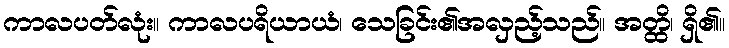
ကာလပတ်လုံး။ ကာလပရိယာယံ၊ သေခြင်း၏အလှည့်သည်။ အတ္ထိ၊ ရှိ၏။